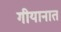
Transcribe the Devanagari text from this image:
गीयानात